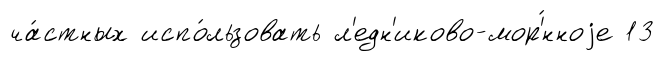
ча́стных испо́льзовать л'едн'иково-мор'́нноjе 13